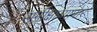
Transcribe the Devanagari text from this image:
समीक्षाव्यापार